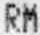
RM